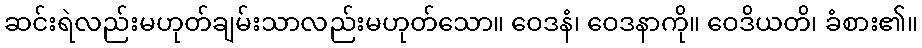
ဆင်းရဲလည်းမဟုတ်ချမ်းသာလည်းမဟုတ်သော။ ဝေဒနံ၊ ဝေဒနာကို။ ဝေဒိယတိ၊ ခံစား၏။